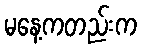
မနေ့ကတည်းက